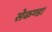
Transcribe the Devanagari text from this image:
सेकण्ड।